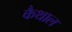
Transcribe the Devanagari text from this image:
कैथाल